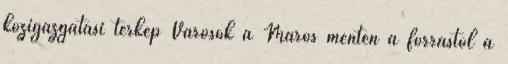
közigazgatási térkép Városok a Maros mentén a forrástól a